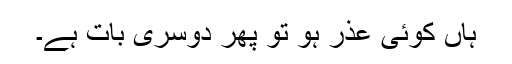
ہاں کوئی عذر ہو تو پھر دوسری بات ہے۔